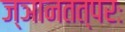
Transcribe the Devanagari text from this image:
ज्ञानतत्परः